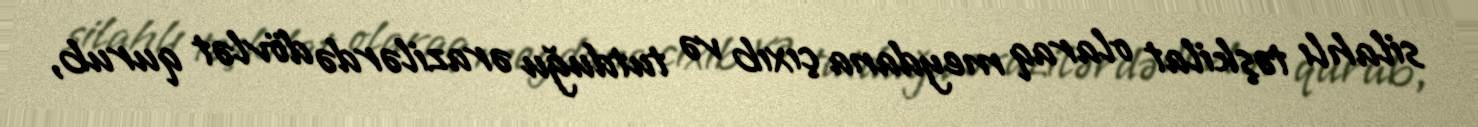
silahlı təşkilat olaraq meydana çıxıb və tutduğu ərazilərdə dövlət qurub,